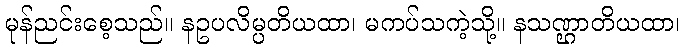
မုန်ညင်းစေ့သည်။ နဥပလိမ္ပတိယထာ၊ မကပ်သကဲ့သို့။ နသဏ္ဌာတိယထာ၊